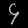
Digit: ၄